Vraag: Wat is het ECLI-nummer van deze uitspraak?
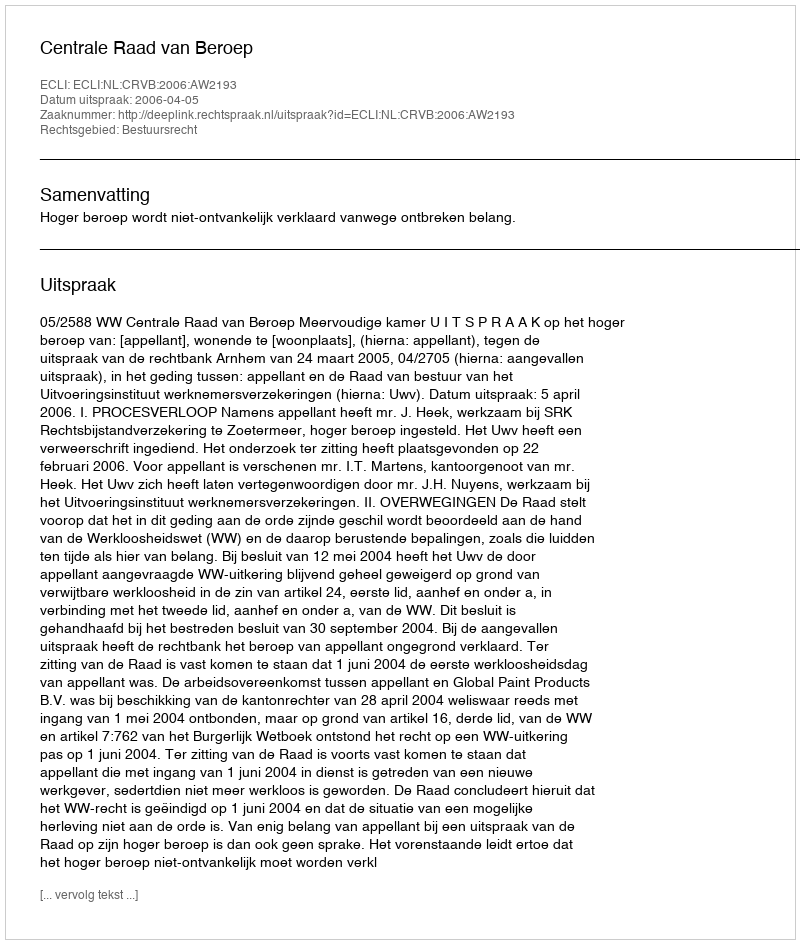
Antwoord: ECLI:NL:CRVB:2006:AW2193